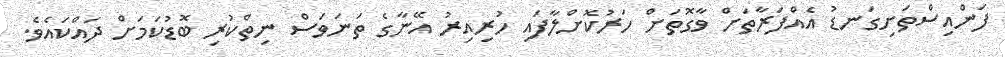
ފަންއިސްތަށިގަނޑު އެއްފަރާތަށް ވާގޮތަށް ހަރުކޮށްލާފައި ހުރިއިރު އޭނާގެ ތަނަވަސް ނިތްކުރި ބޮޑުކަމަށް ދައްކައެވެ.